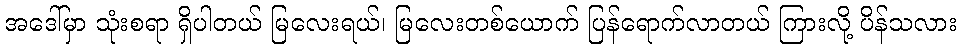
အဒေါ်မှာ သုံးစရာ ရှိပါတယ် မြလေးရယ်၊ မြလေးတစ်ယောက် ပြန်ရောက်လာတယ် ကြားလို့ ပိန်သလား